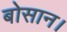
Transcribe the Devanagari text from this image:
बोसान।